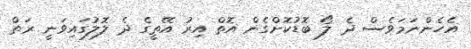
އެހެންނަމަވެސް ދެ ލޯ ބޮޑުކޮށްގެން އޮތް އިރު އޭތީގެ ދެ ލޮލުގައިވަނީ ރަތް